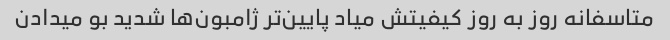
متاسفانه روز به روز کیفیتش میاد پایین‌تر ژامبون‌ها شدید بو میدادن